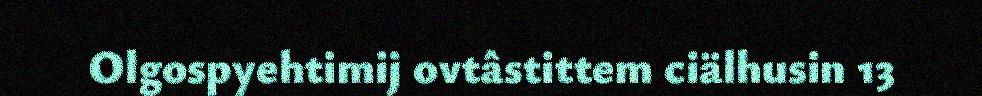
Olgospyehtimij ovtâstittem ciälhusin 13